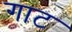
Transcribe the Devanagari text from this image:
गाट